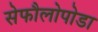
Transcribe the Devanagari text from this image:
सेफौलोपोडा